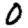
Digit: 0